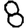
Digit: 8